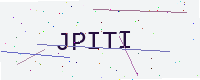
Text: JPITI